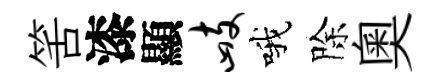
筈漆顯峙哦除奧